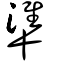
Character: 凖